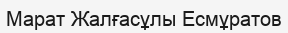
Марат Жалғасұлы Есмұратов